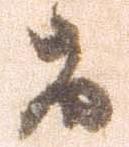
着